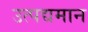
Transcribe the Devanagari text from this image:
उत्पद्यमान